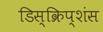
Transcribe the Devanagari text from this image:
डिस्क्रिप्शंस